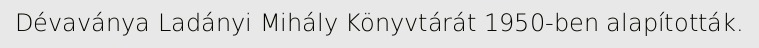
Dévaványa Ladányi Mihály Könyvtárát 1950-ben alapították.